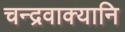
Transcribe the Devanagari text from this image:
चन्द्रवाक्यानि